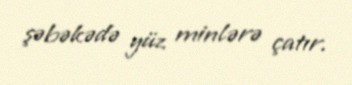
şəbəkədə yüz minlərə çatır.